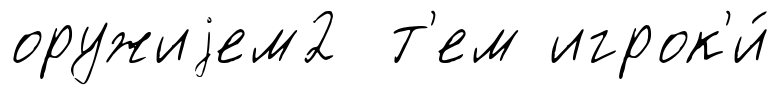
оружиjем2 т'ем игрок'и́